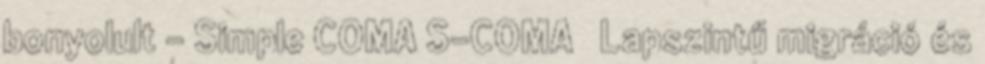
bonyolult – Simple COMA S-COMA ● Lapszintű migráció és